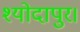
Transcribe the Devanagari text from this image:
श्योदापुर।